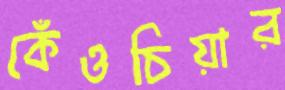
কেঁওচিয়ার